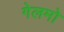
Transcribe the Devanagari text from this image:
गेलमो